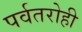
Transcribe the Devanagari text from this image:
पर्वतरोही